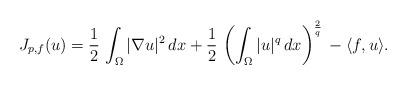
LaTeX: \begin{align*}J_{p,f}(u)=\frac{1}{2}\, \int_\Omega |\nabla u|^2\, dx+\frac{1}{2}\, \left(\int_\Omega |u|^q\, dx\right)^\frac{2}{q}\,-\langle f,u\rangle.\end{align*}